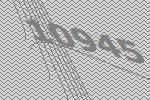
10945